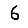
Digit: 6